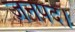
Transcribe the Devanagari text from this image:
जनपद।